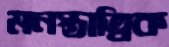
মনস্তাত্বিক